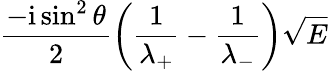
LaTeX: \frac{-\mathrm{i}\sin^{2}\theta}{2}\left(\frac{1}{\lambda_{+}}-\frac{1}{\lambda_{-}}\right)\sqrt{E}